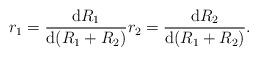
LaTeX: \begin{align*}r_1 = \frac{\mathrm{d}R_1}{\mathrm{d}(R_1+R_2)} r_2 = \frac{\mathrm{d}R_2}{\mathrm{d}(R_1+R_2)}.\end{align*}